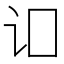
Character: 𬣚